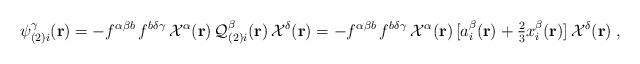
LaTeX: \begin{align*}\psi^{\gamma}_{(2)i}({\bf{r}})=-f^{\alpha\beta b}\,f^{b\delta\gamma}\,{\cal{X}}^\alpha({\bf{r}})\,{\cal{Q}}_{(2)i}^{\beta}({\bf{r}})\,{\cal{X}}^\delta({\bf{r}})=-f^{\alpha\beta b}\,f^{b\delta\gamma}\,{\cal{X}}^\alpha({\bf{r}})\,[a_i^\beta ({\bf{r}})+{\textstyle\frac{2}{3}}x_i^\beta({\bf{r}})]\,{\cal{X}}^\delta({\bf{r}})\;,\end{align*}